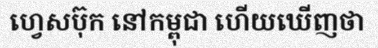
ហ្វេសប៊ុក នៅកម្ពុជា ហើយឃើញថា